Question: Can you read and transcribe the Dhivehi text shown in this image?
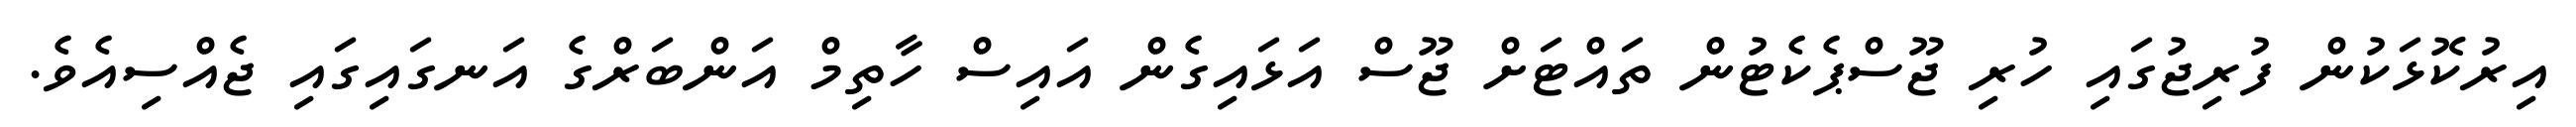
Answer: އިރުކޮޅަކުން ފުރިޖުގައި ހުރި ޖޫސްޕެކެޓުން ތައްޓަށް ޖޫސް އަޅައިގެން އައިސް ހާތިމް އަންބަރްގެ އަނގައިގައި ޖެއްސިއެވެ.